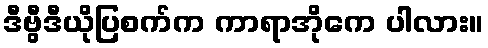
ဒီဗွီဒီယိုပြစက်က ကာရာအိုကေ ပါလား။